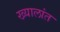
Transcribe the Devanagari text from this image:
ख्यालांत